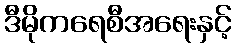
ဒီမိုကရေစီအရေးနှင့်